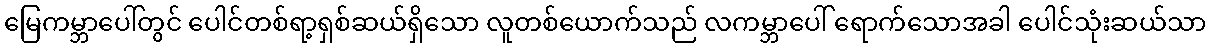
မြေကမ္ဘာပေါ်တွင် ပေါင်တစ်ရာ့ရှစ်ဆယ်ရှိသော လူတစ်ယောက်သည် လကမ္ဘာပေါ် ရောက်သောအခါ ပေါင်သုံးဆယ်သာ